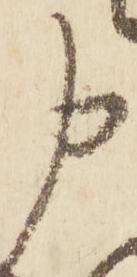
申